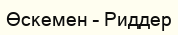
Өскемен – Риддер